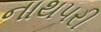
નાથપરી